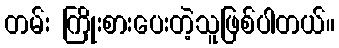
တမ်း ကြိုးစားပေးတဲ့သူဖြစ်ပါတယ်။